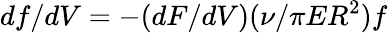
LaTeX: df/dV=-(dF/dV)(\nu/\pi ER^{2})f